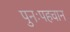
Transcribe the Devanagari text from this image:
पुनःपहचान